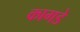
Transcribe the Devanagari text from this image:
कागडे